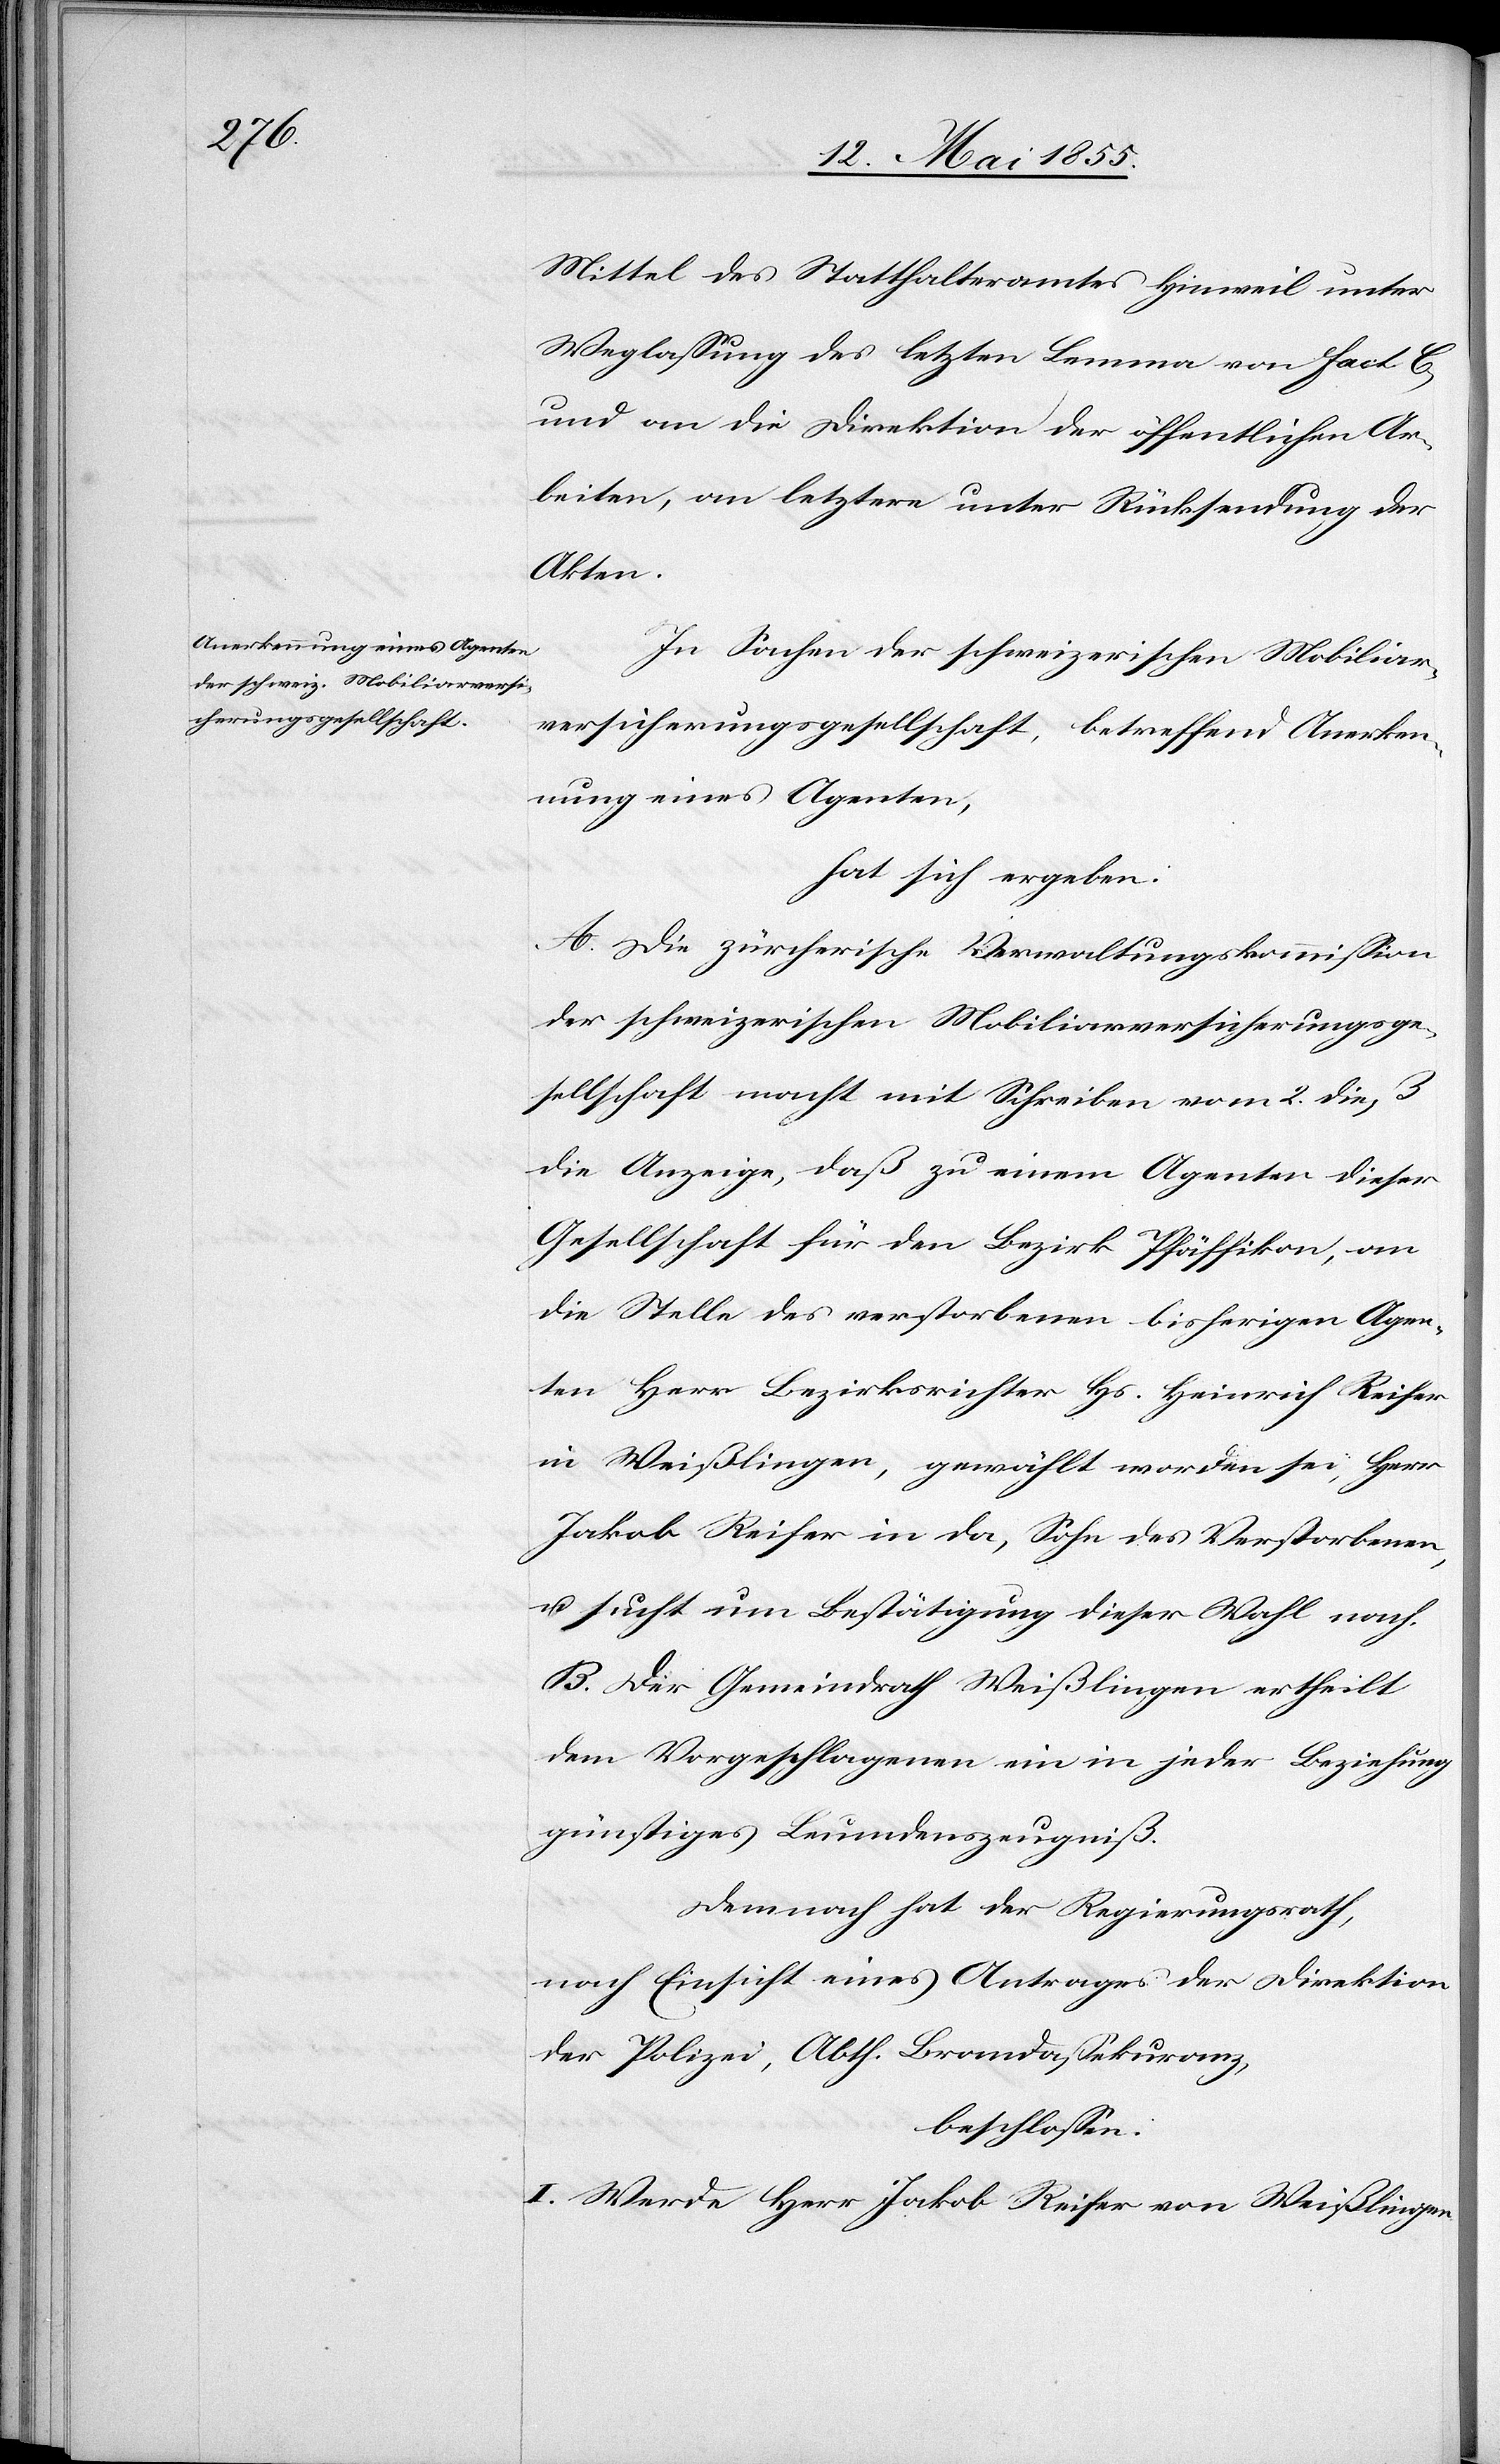
Mittel des Statthalteramtes Hinweil unter
Weglassung des letzten Lemma von Fact. C,
und an die Direktion der öffentlichen Ar¬
beiten, an letztere unter Rücksendung der
Akten.
In Sachen der schweizerischen Mobiliar¬
versicherungsgesellschaft, betreffend Anerken¬
nung eines Agenten,
hat sich ergeben:
A. Die zürcherische Verwaltungskommission
der schweizerischen Mobiliarversicherungsge¬
sellschaft macht mit Schreiben vom 2. dieß
die Anzeige, daß zu einem Agenten dieser
Gesellschaft für den Bezirk Pfäffikon, an
die Stelle des verstorbenen bisherigen Agen¬
ten Herr Bezirksrichter Hs. Heinrich Reifer
in Weißlingen, gewählt worden sei, Herr
Jakob Reifer in da, Sohn des Verstorbenen,
u. sucht um Bestätigung dieser Wahl nach.
B. Der Gemeindrath Weißlingen ertheilt
dem Vorgeschlagenen ein in jeder Beziehung
günstiges Leumdenszeugniß.
Demnach hat der Regierungsrath,
nach Einsicht eines Antrages der Direktion
der Polizei, Abth. Brandassekuranz,
beschlossen:
I. Werde Herr Jakob Reifer von Weißlingen